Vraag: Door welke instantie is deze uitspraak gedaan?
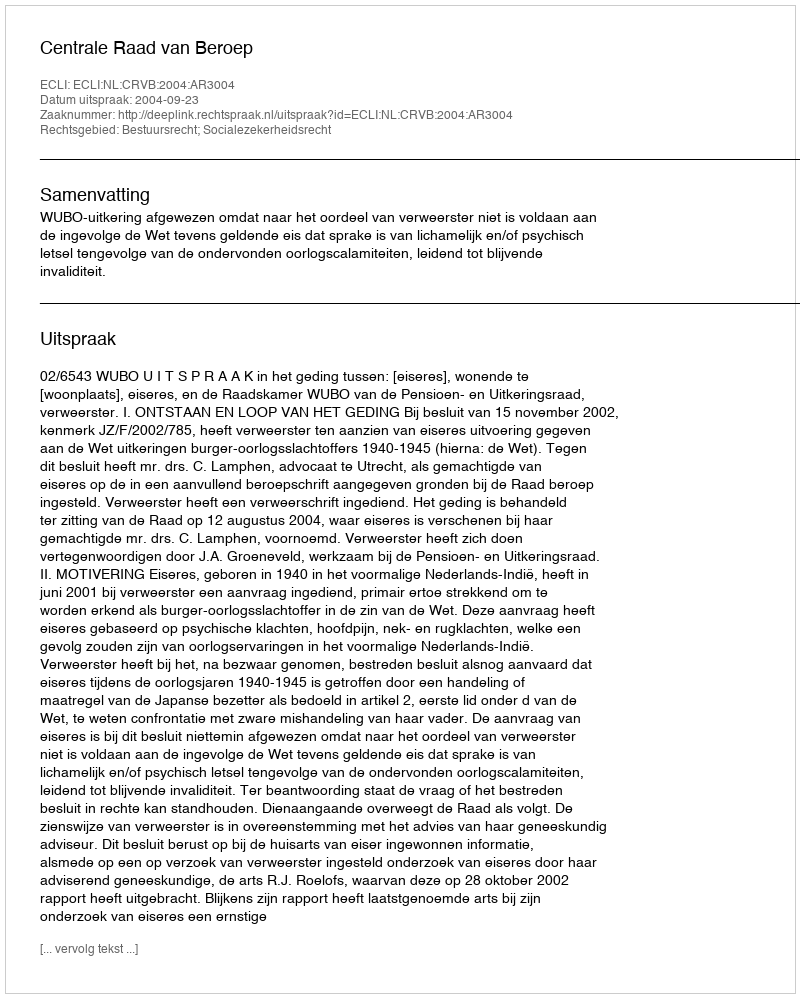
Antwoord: Centrale Raad van Beroep